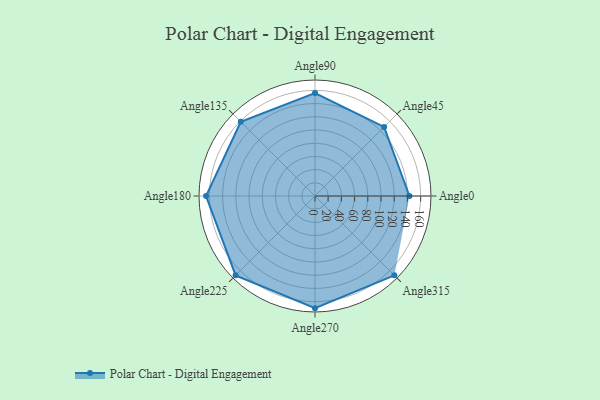
{"axis": {"x": "Angle", "y": "Radius"}, "legend": [""], "data": [{"x": "Angle0", "y": 143.0, "type": ""}, {"x": "Angle45", "y": 148.0, "type": ""}, {"x": "Angle90", "y": 156.0, "type": ""}, {"x": "Angle135", "y": 159.0, "type": ""}, {"x": "Angle180", "y": 165.0, "type": ""}, {"x": "Angle225", "y": 170, "type": ""}, {"x": "Angle270", "y": 170, "type": ""}, {"x": "Angle315", "y": 170, "type": ""}]}